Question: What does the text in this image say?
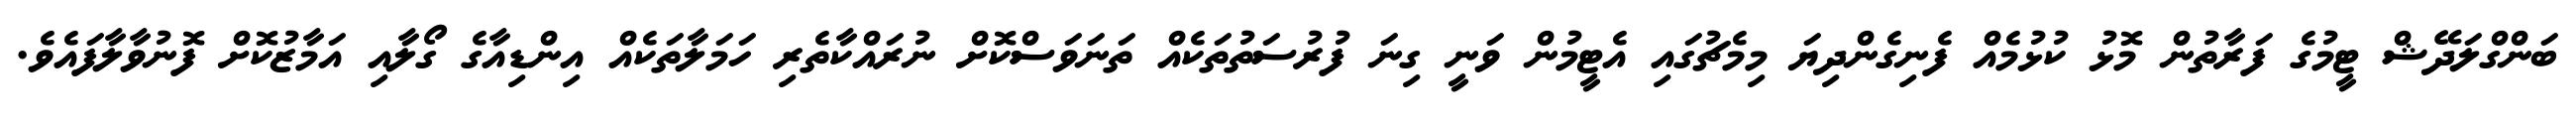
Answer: ބަންގްލަދޭޝް ޓީމުގެ ފަރާތުން މޮޅު ކުޅުމެއް ފެނިގެންދިޔަ މިމެޗުގައި އެޓީމުން ވަނީ ގިނަ ފުރުސަތުތަކެއް ތަނަވަސްކޮށް ނުރައްކާތެރި ހަމަލާތަކެއް އިންޑިއާގެ ގޯލާއި އަމާޒުކޮށް ފޮނުވާލާފައެވެ.